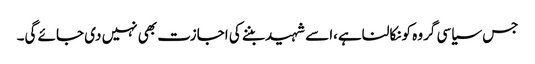
جس سیاسی گروہ کونکالناہے،اسے شہیدبننے کی اجازت بھی نہیں دی جائے گی۔